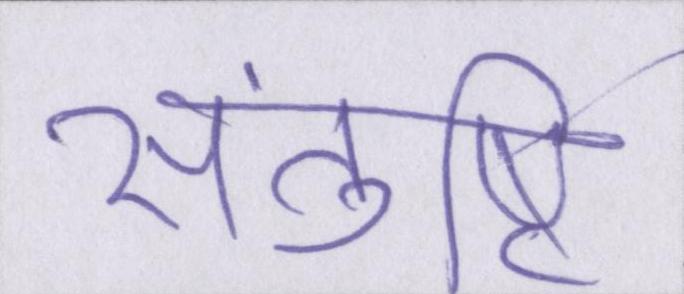
संतुष्टि